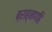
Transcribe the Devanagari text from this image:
ब्राह्मणहि